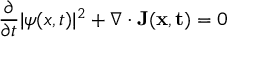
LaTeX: { \frac { \partial } { \partial t } } | \psi ( x , t ) | ^ { 2 } + \nabla \cdot \mathbf { J ( x , t ) } = 0